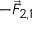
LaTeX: \scriptstyle - { \vec { F } } _ { 2 , 1 }